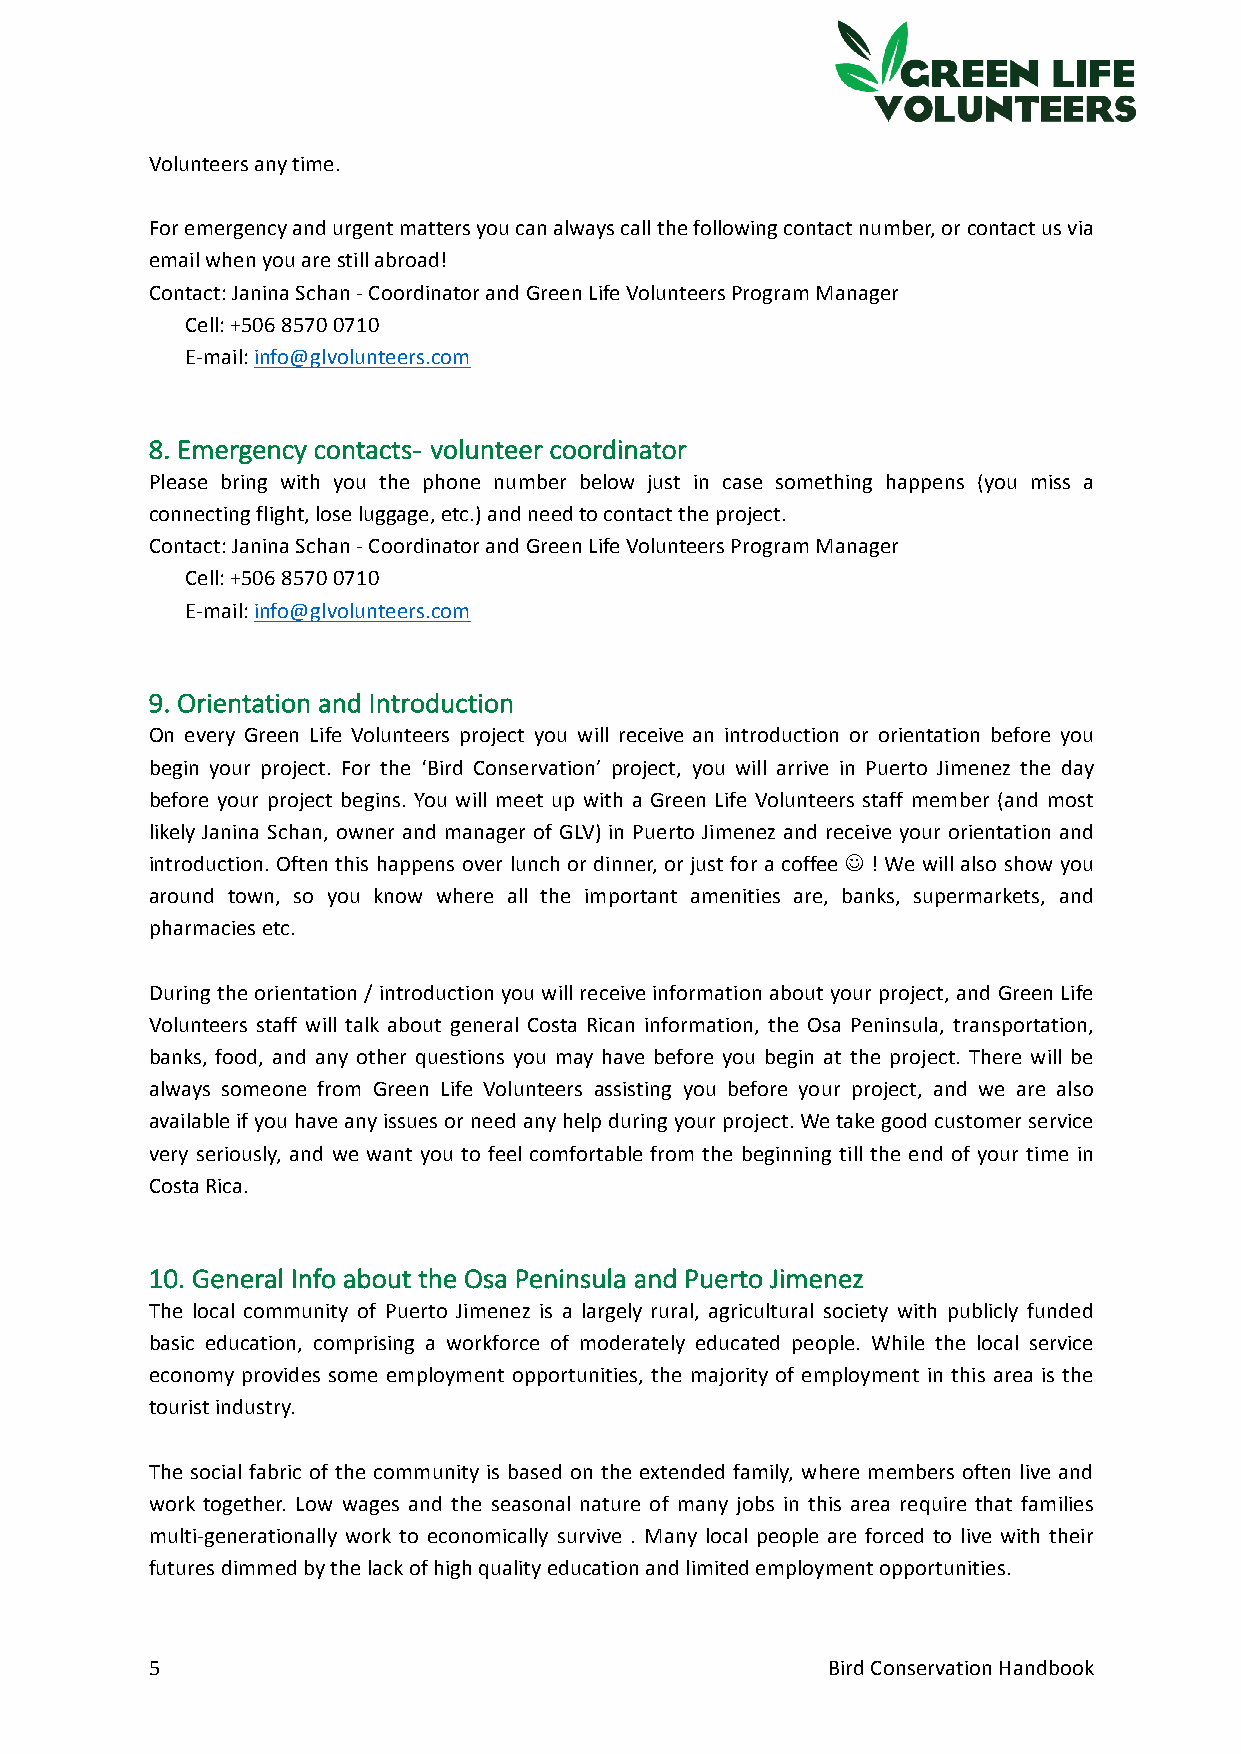
Volunteers any time.
 For emergency and urgent matters you can always call the following contact number, or contact us via
 email when you are still abroad!
 Contact: Janina Schan - Coordinator and Green Life Volunteers Program Manager
 Cell: +506 8570 0710
 E-mail: info@glvolunteers.com
 8. Emergency contacts- volunteer coordinator
 Please bring with you the phone number below just in case something happens (you miss a
 connecting flight, lose luggage, etc.) and need to contact the project.
 Contact: Janina Schan - Coordinator and Green Life Volunteers Program Manager
 Cell: +506 8570 0710
 E-mail: info@glvolunteers.com
 9. Orientation and Introduction
 On every Green Life Volunteers project you will receive an introduction or orientation before you
 begin your project. For the ‘Bird Conservation’ project, you will arrive in Puerto Jimenez the day
 before your project begins. You will meet up with a Green Life Volunteers staff member (and most
 likely Janina Schan, owner and manager of GLV) in Puerto Jimenez and receive your orientation and
 introduction. Often this happens over lunch or dinner, or just for a coffee J ! We will also show you
 around town, so you know where all the important amenities are, banks, supermarkets, and
 pharmacies etc.
 During the orientation / introduction you will receive information about your project, and Green Life
 Volunteers staff will talk about general Costa Rican information, the Osa Peninsula, transportation,
 banks, food, and any other questions you may have before you begin at the project. There will be
 always someone from Green Life Volunteers assisting you before your project, and we are also
 available if you have any issues or need any help during your project. We take good customer service
 very seriously, and we want you to feel comfortable from the beginning till the end of your time in
 Costa Rica.
 10. General Info about the Osa Peninsula and Puerto Jimenez
 The local community of Puerto Jimenez is a largely rural, agricultural society with publicly funded
 basic education, comprising a workforce of moderately educated people. While the local service
 economy provides some employment opportunities, the majority of employment in this area is the
 tourist industry.
 The social fabric of the community is based on the extended family, where members often live and
 work together. Low wages and the seasonal nature of many jobs in this area require that families
 multi-generationally work to economically survive . Many local people are forced to live with their
 futures dimmed by the lack of high quality education and limited employment opportunities.
 5                                            Bird Conservation Handbook